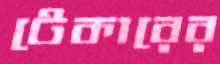
টেকারের